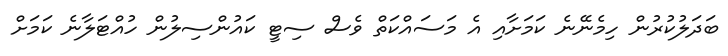
ބަދަލުކުރުން ހިމެނޭނެ ކަމަށާއި އެ މަސައްކަތް ވެސް ސިޓީ ކައުންސިލުން ހުއްޓަލާނެ ކަމަށް